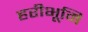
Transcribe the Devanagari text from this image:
हरीभूमि